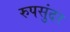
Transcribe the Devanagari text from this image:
रुपसुंदर